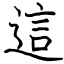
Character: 這